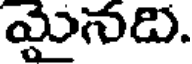
మైనది.